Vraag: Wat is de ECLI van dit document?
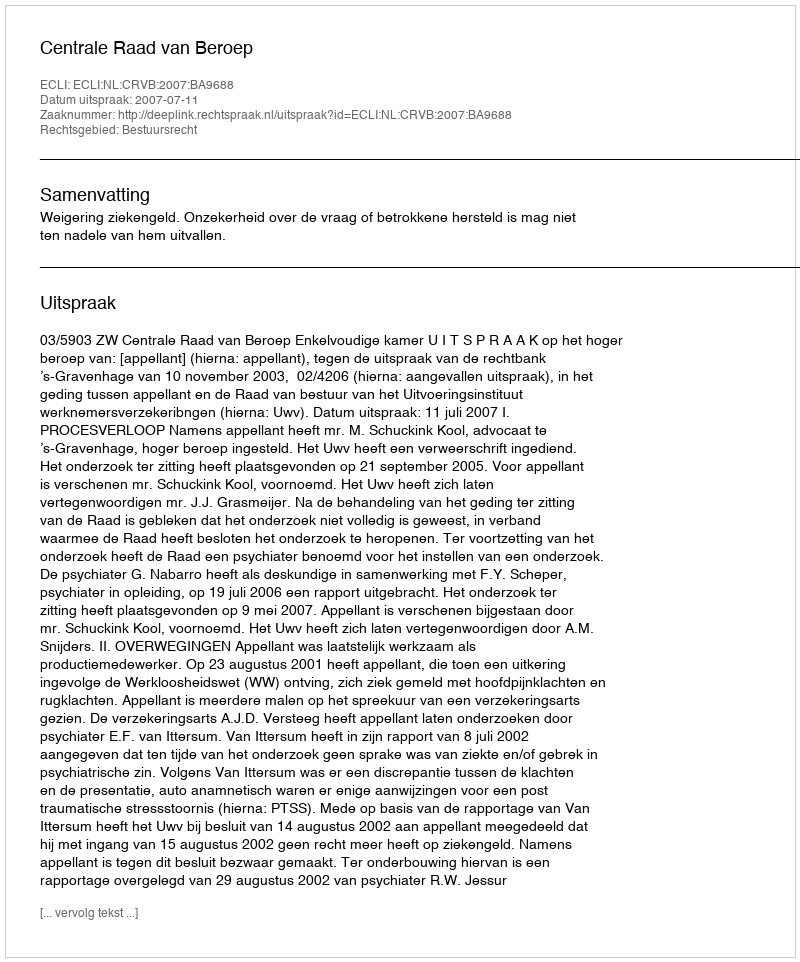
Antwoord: ECLI:NL:CRVB:2007:BA9688